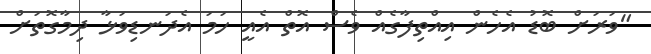
"ވަރަށް ބޮޑު އެހެން އިއްތިފާގެއް ވެސް އޮތް އެއީ ހަމަ އެދަނޑިވަޅާ ދިމާގޮތަށް